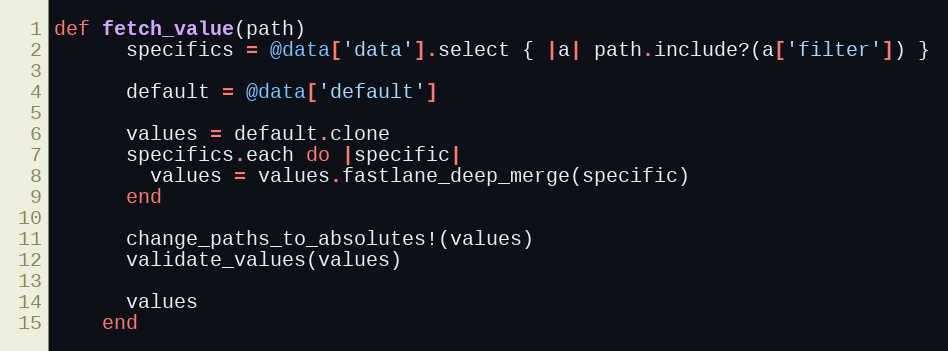
Language: Ruby
def fetch_value(path)
      specifics = @data['data'].select { |a| path.include?(a['filter']) }

      default = @data['default']

      values = default.clone
      specifics.each do |specific|
        values = values.fastlane_deep_merge(specific)
      end

      change_paths_to_absolutes!(values)
      validate_values(values)

      values
    end